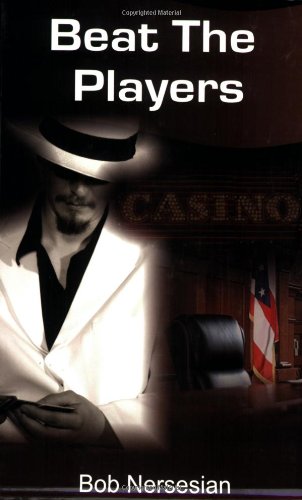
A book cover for Beat the Players: Casinos, Cops And the Game Inside the Game; Bob Nersesian; Humor & Entertainment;